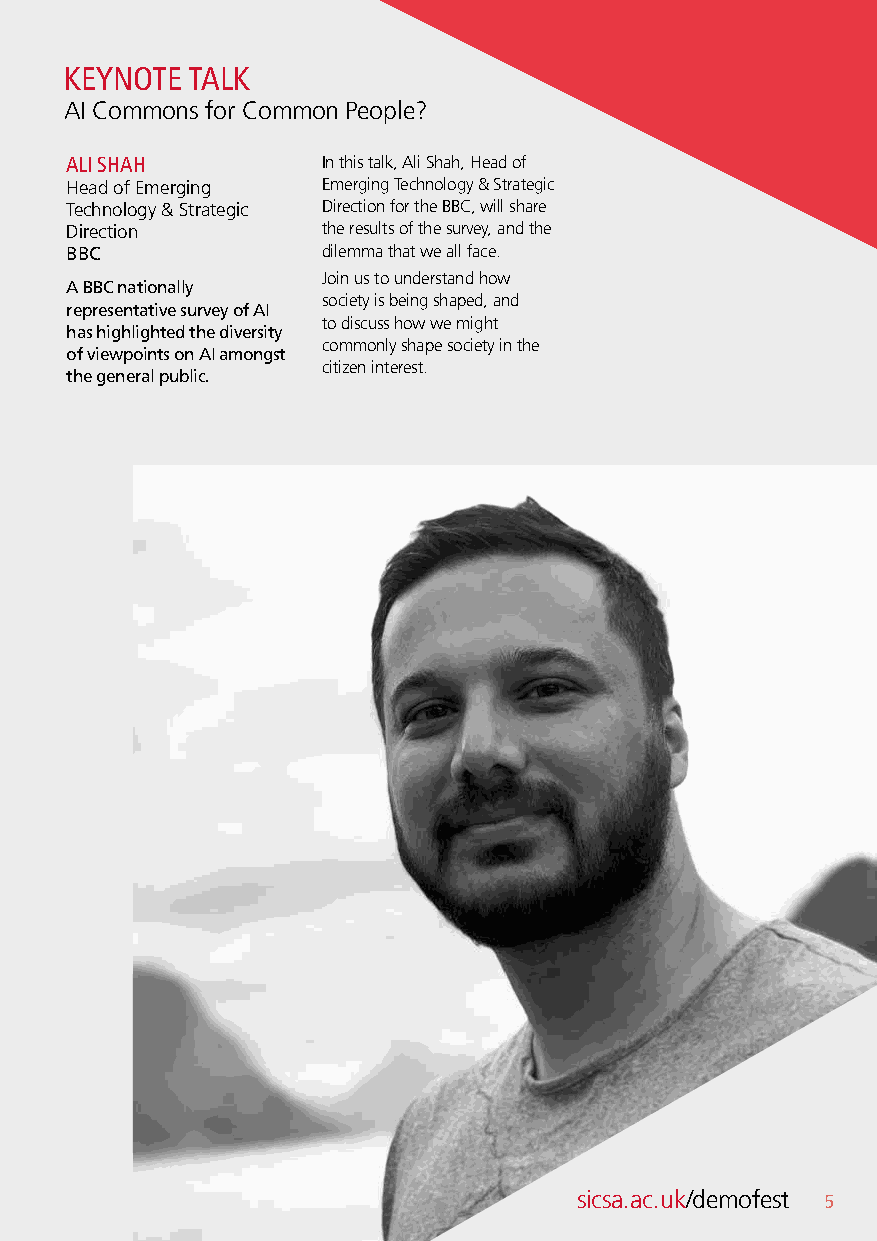
KEYNOTE TALK
 AI Commons for Common People?
 ALI SHAH         In this talk, Ali Shah, Head of
 Head of Emerging Emerging Technology & Strategic
 Technology & Strategic Direction for the BBC, will share
 Direction        the results of the survey, and the
 BBC              dilemma that we all face.
 Join us to understand how
 A BBC nationally
 society is being shaped, and
 representative survey of AI
 to discuss how we might
 has highlighted the diversity
 commonly shape society in the
 of viewpoints on AI amongst
 citizen interest.
 the general public.
 sicsa.ac.uk/demofest 5